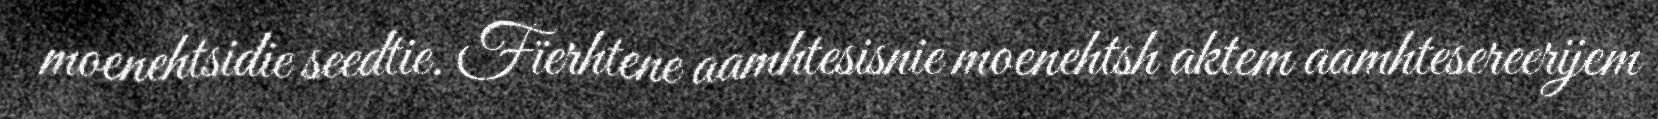
moenehtsidie seedtie. Fïerhtene aamhtesisnie moenehtsh aktem aamhtesereerijem